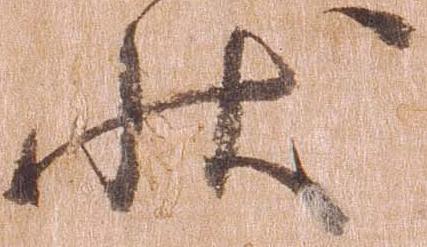
状